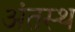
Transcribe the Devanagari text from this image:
अंतस्‍थ